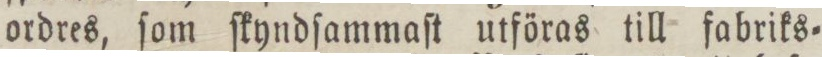
ordres, ſom ſkyndſammaſt utföras till fabriks=